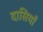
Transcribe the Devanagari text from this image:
दासियाँ